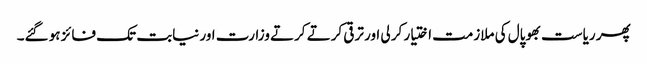
پھر ریاست بھوپال کی ملازمت اختیار کر لی اور ترقی کرتے کرتے وزارت اور نیابت تک فائز ہو گئے۔